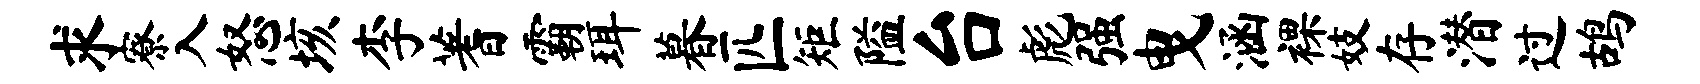
求寮入怒垓李蓍霸珥暮匹矩隘台彪强曳涵裸妓存潜过鸪